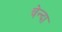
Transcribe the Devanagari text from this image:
चेन्दा